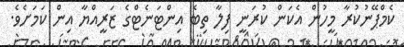
ކެމްޕޭނުކުރާ މީހުން އެކަން ކުރަނީ ފިލާ ތިބެ އިންޓަނެޓްގެ ޒަރީއްޔާ އިން ކަމަށެވެ.